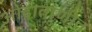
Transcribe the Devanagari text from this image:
ओढाताणीत